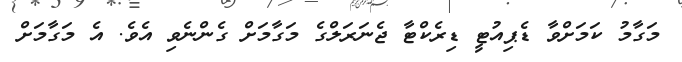
މަގާމު ކަމަށްވާ ޑެޕިއުޓީ ޑިރެކްޓާ ޖެނަރަލްގެ މަގާމަށް ގެންނެވި އެވެ. އެ މަގާމަށް